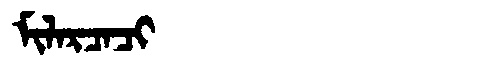
Manchu: ᠮᡳᠯᠠᡵᠴᠠᠴᡳ
Romanization: MILARCACI